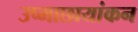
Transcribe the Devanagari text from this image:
उष्माछायांकन